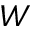
W